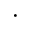
\cdot